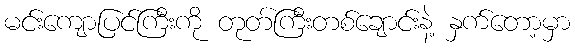
မင်းကျောပြင်ကြီးကို တုတ်ကြီးတစ်ချောင်းနဲ့ နှက်တော့မှာ